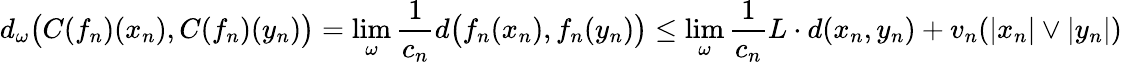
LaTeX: d_{\omega}\big(C(f_{n})(x_{n}),C(f_{n})(y_{n})\big)=\operatorname*{lim}_{\omega}\frac{1}{c_{n}}d\big(f_{n}(x_{n}),f_{n}(y_{n})\big)\leq\operatorname*{lim}_{\omega}\frac{1}{c_{n}}L\cdot d(x_{n},y_{n})+v_{n}(|x_{n}|\vee|y_{n}|)